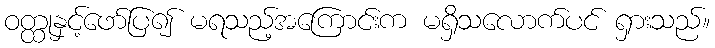
ဝတ္ထုနှင့်ဖော်ပြ၍ မရသည့်အကြောင်းက မရှိသလောက်ပင် ရှားသည်။